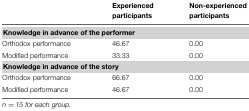
<table><thead><tr><td></td><td><b>Experienced participants</b></td><td><b>Non-experienced participants</b></td></tr></thead><tbody><tr><td><b>Knowledge in advance of the performer</b></td></tr><tr><td>Orthodox performance</td><td>46.67</td><td>0.00</td></tr><tr><td>Modified performance</td><td>33.33</td><td>0.00</td></tr><tr><td><b>Knowledge in advance of the story</b></td></tr><tr><td>Orthodox performance</td><td>66.67</td><td>0.00</td></tr><tr><td>Modified performance</td><td>46.67</td><td>0.00</td></tr></tbody></table>